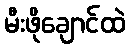
မီးဖိုချောင်ထဲ